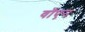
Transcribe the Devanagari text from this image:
वॉएन